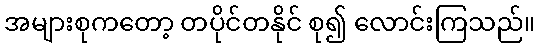
အများစုကတော့ တပိုင်တနိုင် စု၍ လောင်းကြသည်။